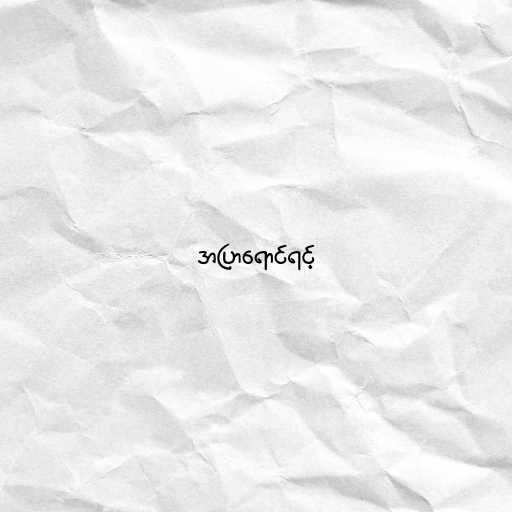
အပြာရောင်ရင့်